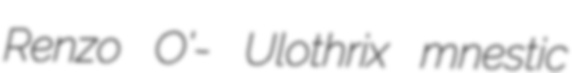
Renzo O'- Ulothrix mnestic